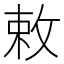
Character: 敕